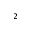
^ 2